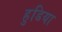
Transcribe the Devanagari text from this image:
हुडिया